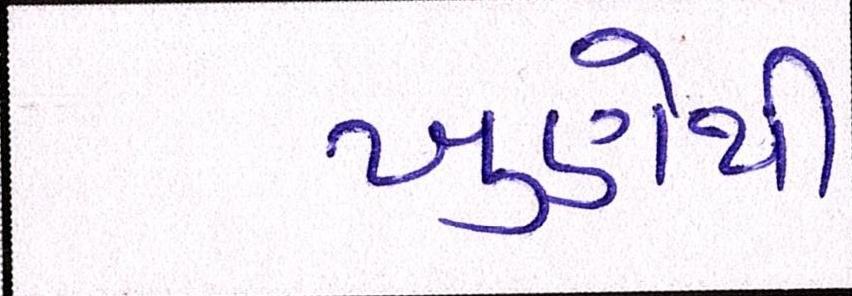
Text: ખુણેથી